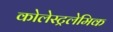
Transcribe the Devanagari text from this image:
कोलेस्ट्रलेमिक